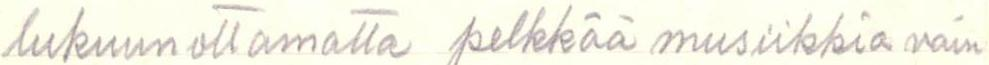
lukuun ottamatta pelkkää musiikkia vain